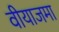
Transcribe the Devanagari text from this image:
वीयाजमा